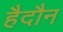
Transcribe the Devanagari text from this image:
हैदौन